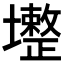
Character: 𡓟